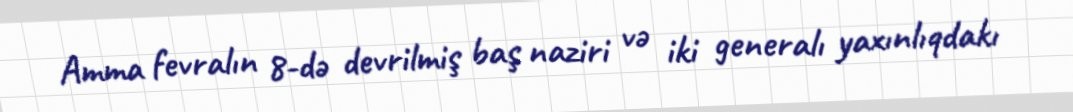
Amma fevralın 8-də devrilmiş baş naziri və iki generalı yaxınlıqdakı